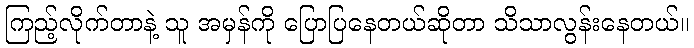
ကြည့်လိုက်တာနဲ့ သူ အမှန်ကို ပြောပြနေတယ်ဆိုတာ သိသာလွန်းနေတယ်။